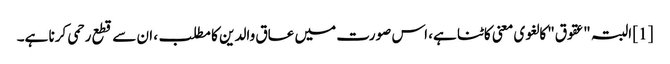
[1] البتہ "عقوق" کا لغوی معنی کاٹنا ہے، اس صورت میں عاق والدین کا مطلب، ان سے قطع رحمی کرنا ہے۔